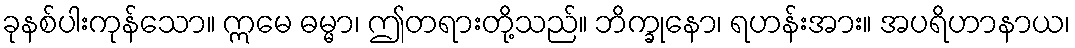
ခုနစ်ပါးကုန်သော။ ဣမေ ဓမ္မာ၊ ဤတရားတို့သည်။ ဘိက္ခုနော၊ ရဟန်းအား။ အပရိဟာနာယ၊